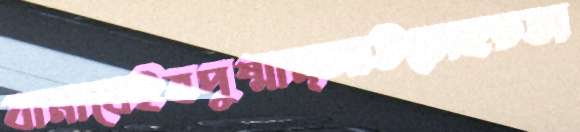
বানাবেইবপুষ্মান্‌আউড়োহতভা